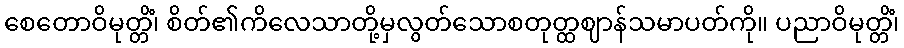
စေတောဝိမုတ္တိံ၊ စိတ်၏ကိလေသာတို့မှလွတ်သောစတုတ္ထဈာန်သမာပတ်ကို။ ပညာဝိမုတ္တိံ၊